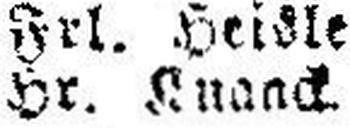
Hr. Luaack